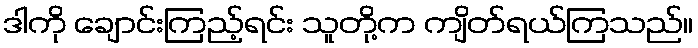
ဒါကို ချောင်းကြည့်ရင်း သူတို့က ကျိတ်ရယ်ကြသည်။